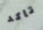
تاكد